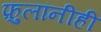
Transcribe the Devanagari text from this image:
फ़ुलांनीही